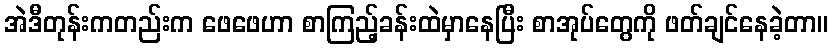
အဲဒီတုန်းကတည်းက ဖေဖေဟာ စာကြည့်ခန်းထဲမှာနေပြီး စာအုပ်တွေကို ဖတ်ချင်နေခဲ့တာ။